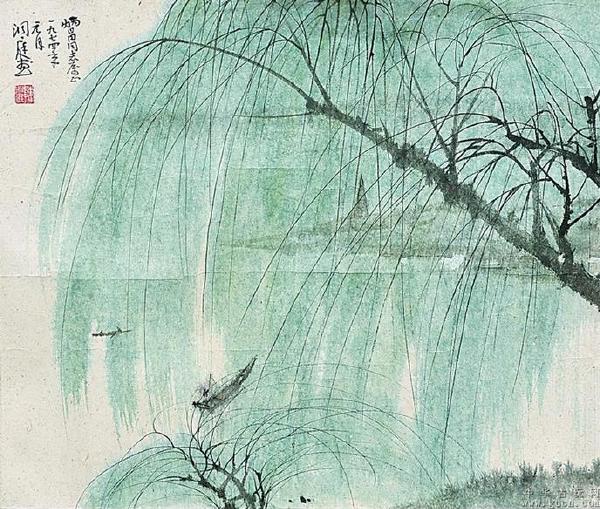
遥看孟津河，杨柳郁婆娑。